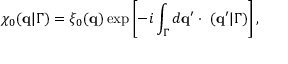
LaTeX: \chi _ { 0 } ( \mathbf { q } | \Gamma ) = \xi _ { 0 } ( \mathbf { q } ) \exp \left[ - i \int _ { \Gamma } d \mathbf { q } ^ { \prime } \cdot \mathbf { \tau } ( \mathbf { q } ^ { \prime } | \Gamma ) \right] ,